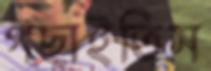
গছাইতিস